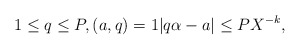
\begin{align*} 1\le q\le P,(a,q)=1|q\alpha-a|\le PX^{-k},\end{align*}